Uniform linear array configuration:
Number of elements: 48
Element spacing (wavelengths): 0.75
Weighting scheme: uniform
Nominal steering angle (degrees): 45
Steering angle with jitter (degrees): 44.34
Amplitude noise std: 0.05
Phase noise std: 0.05

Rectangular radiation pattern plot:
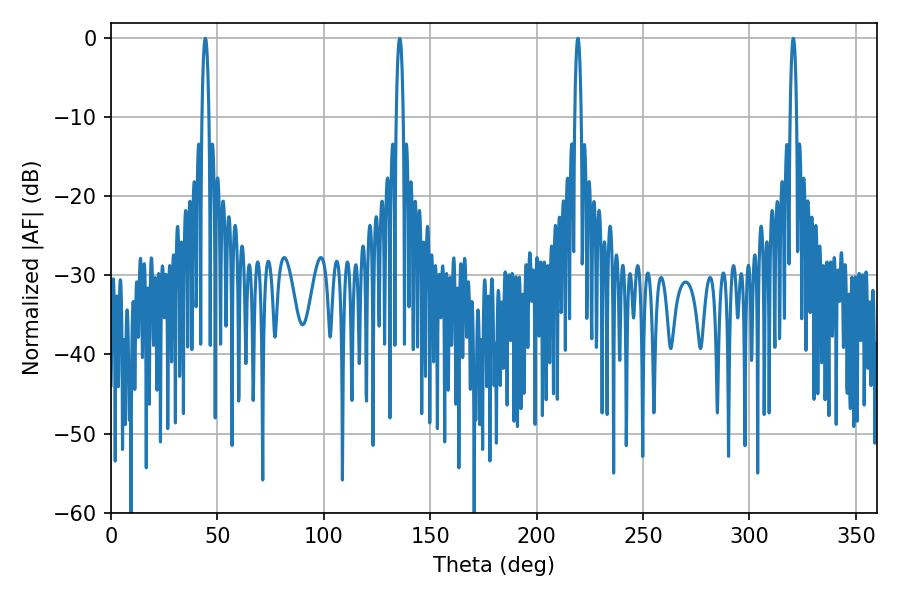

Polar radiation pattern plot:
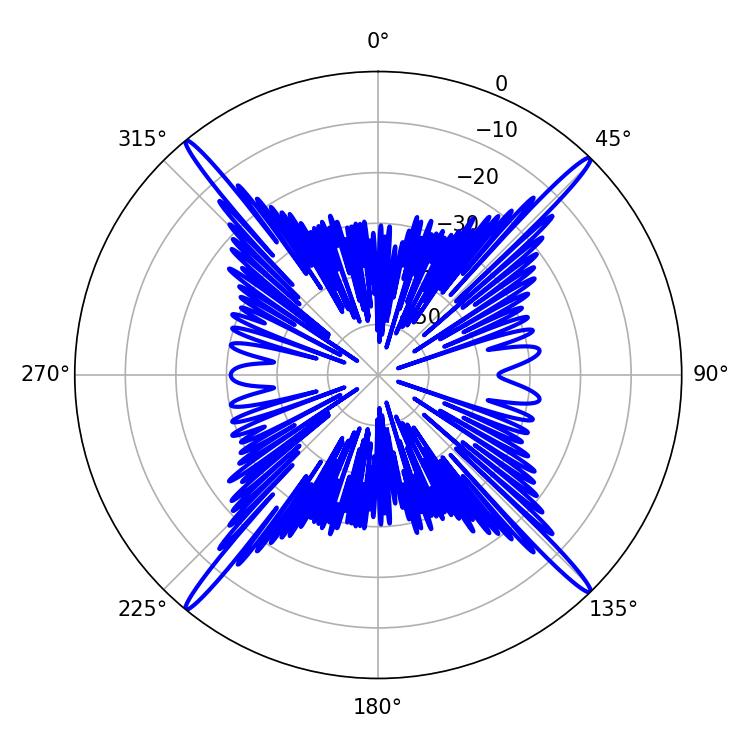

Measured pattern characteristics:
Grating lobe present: TRUE
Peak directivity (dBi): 23.609
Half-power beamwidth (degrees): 1.62
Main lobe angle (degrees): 320.58